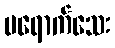
မရောက်သေး